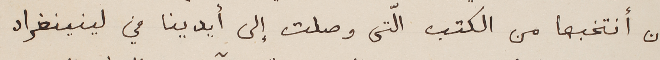
أن أنتخبها من الكتب الّتى وصلت إلى أيدينا في لينينغراد